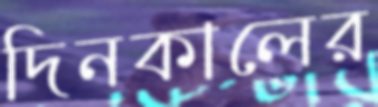
দিনকালের